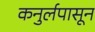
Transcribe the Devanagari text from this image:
कनुर्लपासून